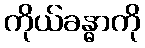
ကိုယ်ခန္ဓာကို